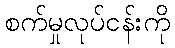
စက်မှုလုပ်ငန်းကို